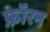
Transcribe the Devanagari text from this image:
फ़ॉरन